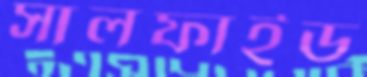
সালফাইড